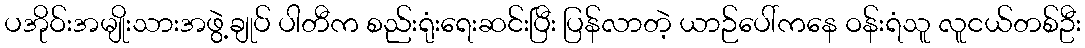
ပအိုဝ်းအမျိုးသားအဖွဲ့ချုပ် ပါတီက စည်းရုံးရေးဆင်းပြီး ပြန်လာတဲ့ ယာဉ်ပေါ်ကနေ ဝန်းရံသူ လူငယ်တစ်ဦး